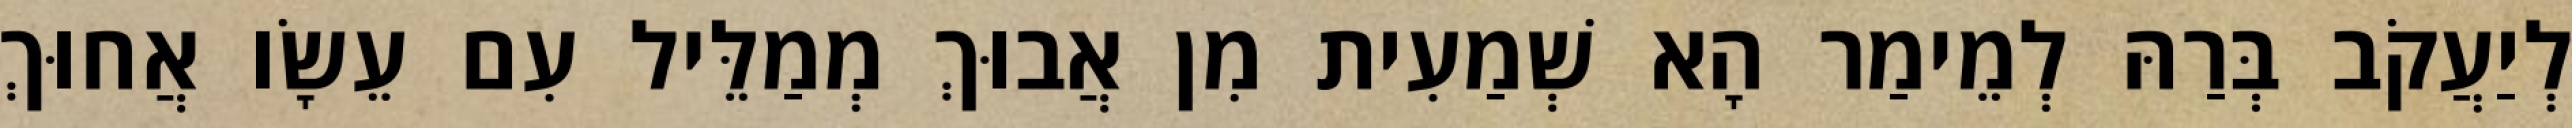
לְיַעֲקֹב בְּרַהּ לְמֵימַר הָא שְׁמַעִית מִן אֲבוּךְ מְמַלֵּיל עִם עֵשָׂו אֲחוּךְ